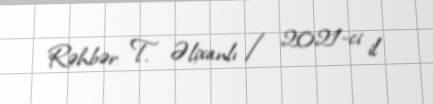
Rəhbər: T. Əlixanlı / 2021-ci il